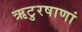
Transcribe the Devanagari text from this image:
ऋटुरषाणां